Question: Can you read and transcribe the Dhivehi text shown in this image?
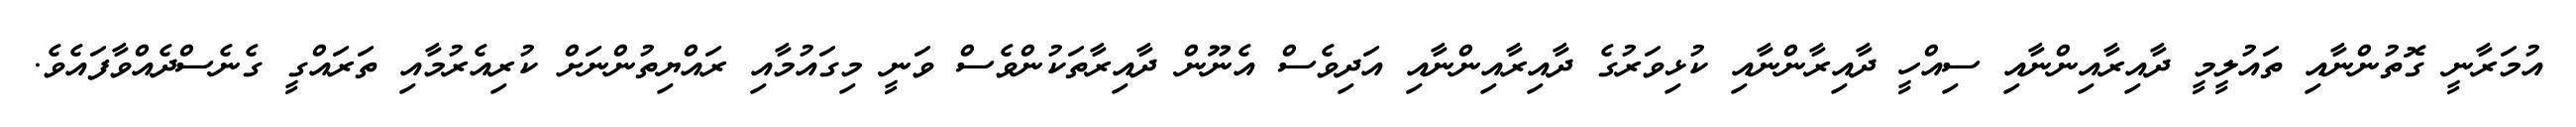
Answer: އުމަރާނީ ގޮތުންނާއި ތައުލީމީ ދާއިރާއިންނާއި ސިއްހީ ދާއިރާންނާއި ކުޅިވަރުގެ ދާއިރާއިންނާއި އަދިވެސް އެނޫން ދާއިރާތަކުންވެސް ވަނީ މިގައުމާއި ރައްޔިތުންނަށް ކުރިއެރުމާއި ތަރައްގީ ގެނެސްދެއްވާފައެވެ.